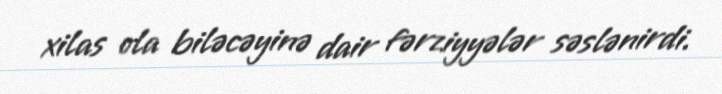
xilas ola biləcəyinə dair fərziyyələr səslənirdi.